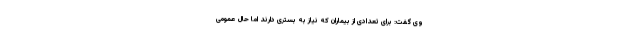
وی گفت: برای تعدادی از بیماران که نیاز به بستری دارند اما حال عمومی